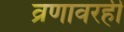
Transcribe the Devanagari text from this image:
व्रणावरही